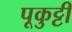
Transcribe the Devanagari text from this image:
पूकुट्टी